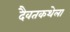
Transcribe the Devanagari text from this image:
दैवतकथेला